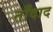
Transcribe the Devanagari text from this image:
ताँदाद